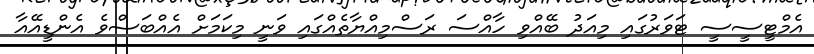
އެމްޓީސީސީ ޓަވަރުގައި މިއަދު ބޭއްވި ހާއްސަ ރަސްމިއްޔާތެއްގައި ވަނީ މިކަމަށް އެއްބަސްވެ އެންޑީއޭއާ